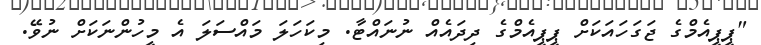
"ޕީޕީއެމްގެ ޖަގަހައަކަށް ޕީޕީއެމްގެ ދިދައެއް ނުނައްޓާ. މިކަހަލަ މައްސަލަ އެ މީހުންނަކަށް ނުވޭ.